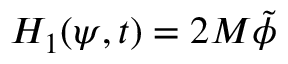
H _ { 1 } ( \psi , t ) = 2 M \tilde { \phi }